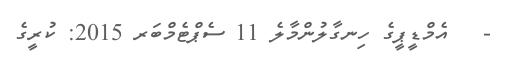
-   އެމްޑީޕީގެ ހިނގާލުންމާލެ 11 ސެޕްޓެމްބަރ 2015: ކުރީގެ